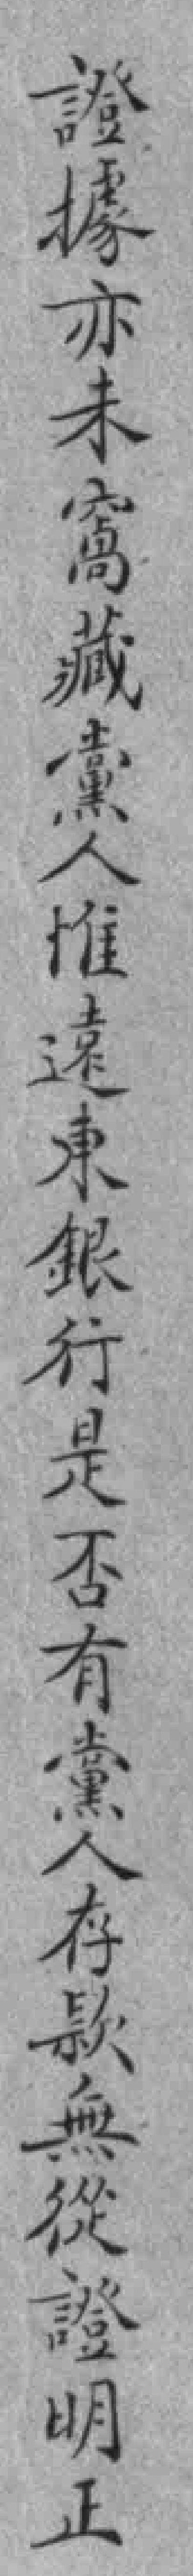
證據亦未窩藏黨人惟遠東銀行是否有黨人存款無從證明正